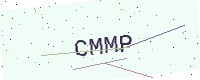
Text: CMMP